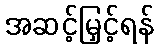
အဆင့်မြှင့်ရန်